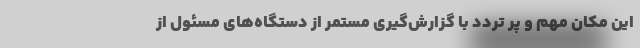
این مکان مهم و پر تردد با گزارش‌گیری مستمر از دستگاه‌های مسئول از